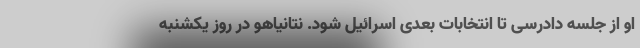
او از جلسه دادرسی تا انتخابات بعدی اسرائیل شود. نتانیاهو در روز یکشنبه